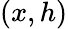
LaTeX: (x,h)